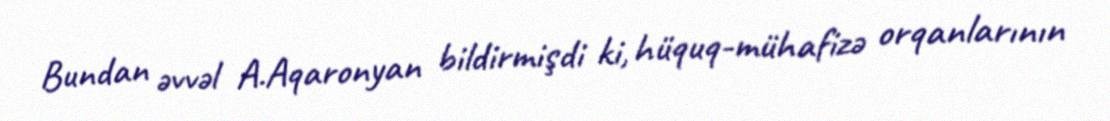
Bundan əvvəl A.Aqaronyan bildirmişdi ki, hüquq-mühafizə orqanlarının